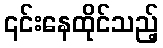
၎င်းနေထိုင်သည့်